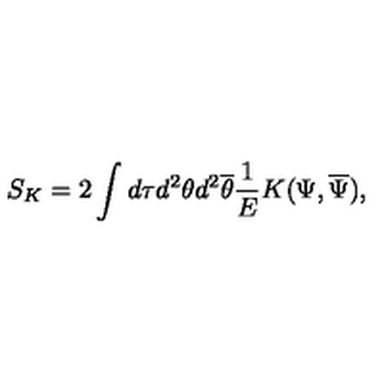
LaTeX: S _ { K } = 2 \int d \tau d ^ { 2 } \theta d ^ { 2 } \overline { { \theta } } \frac { 1 } { E } K ( \Psi , \overline { { \Psi } } ) ,